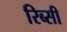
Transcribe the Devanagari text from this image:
रिब्सी